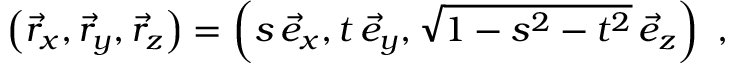
\left( \vec { r } _ { x } , \vec { r } _ { y } , \vec { r } _ { z } \right) = \left( s \, \vec { e } _ { x } , t \, \vec { e } _ { y } , \sqrt { 1 - s ^ { 2 } - t ^ { 2 } } \, \vec { e } _ { z } \right) ~ ,